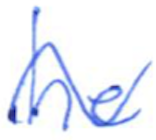
Text: he
Cross-out: wave
Writing tool: ballpoint